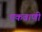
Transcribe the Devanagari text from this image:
एकवाणी